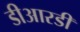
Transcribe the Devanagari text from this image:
डीआरडी